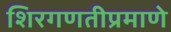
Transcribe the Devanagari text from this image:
शिरगणतीप्रमाणे